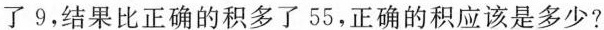
了9，结果比正确的积多了55，正确的积应该是多少?